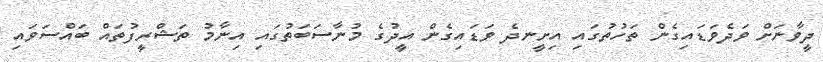
ދީވާނަށް ވަދެވަޑައިގެން ތަހުތުގައި އިށީނދެ ވަޑައިގެން އީދުގެ މުނާސަބަތުގައި އިނާމު ތަޝްރީފުތައް ބައްސަވައި